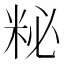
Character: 𥹅